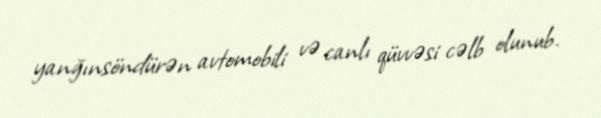
yanğınsöndürən avtomobili və canlı qüvvəsi cəlb olunub.